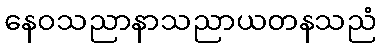
နေဝသညာနာသညာယတနသညံ